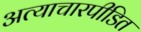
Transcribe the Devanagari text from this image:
अत्याचारपीडित